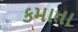
કમાતા